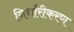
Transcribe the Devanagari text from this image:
निर्धारीकरण